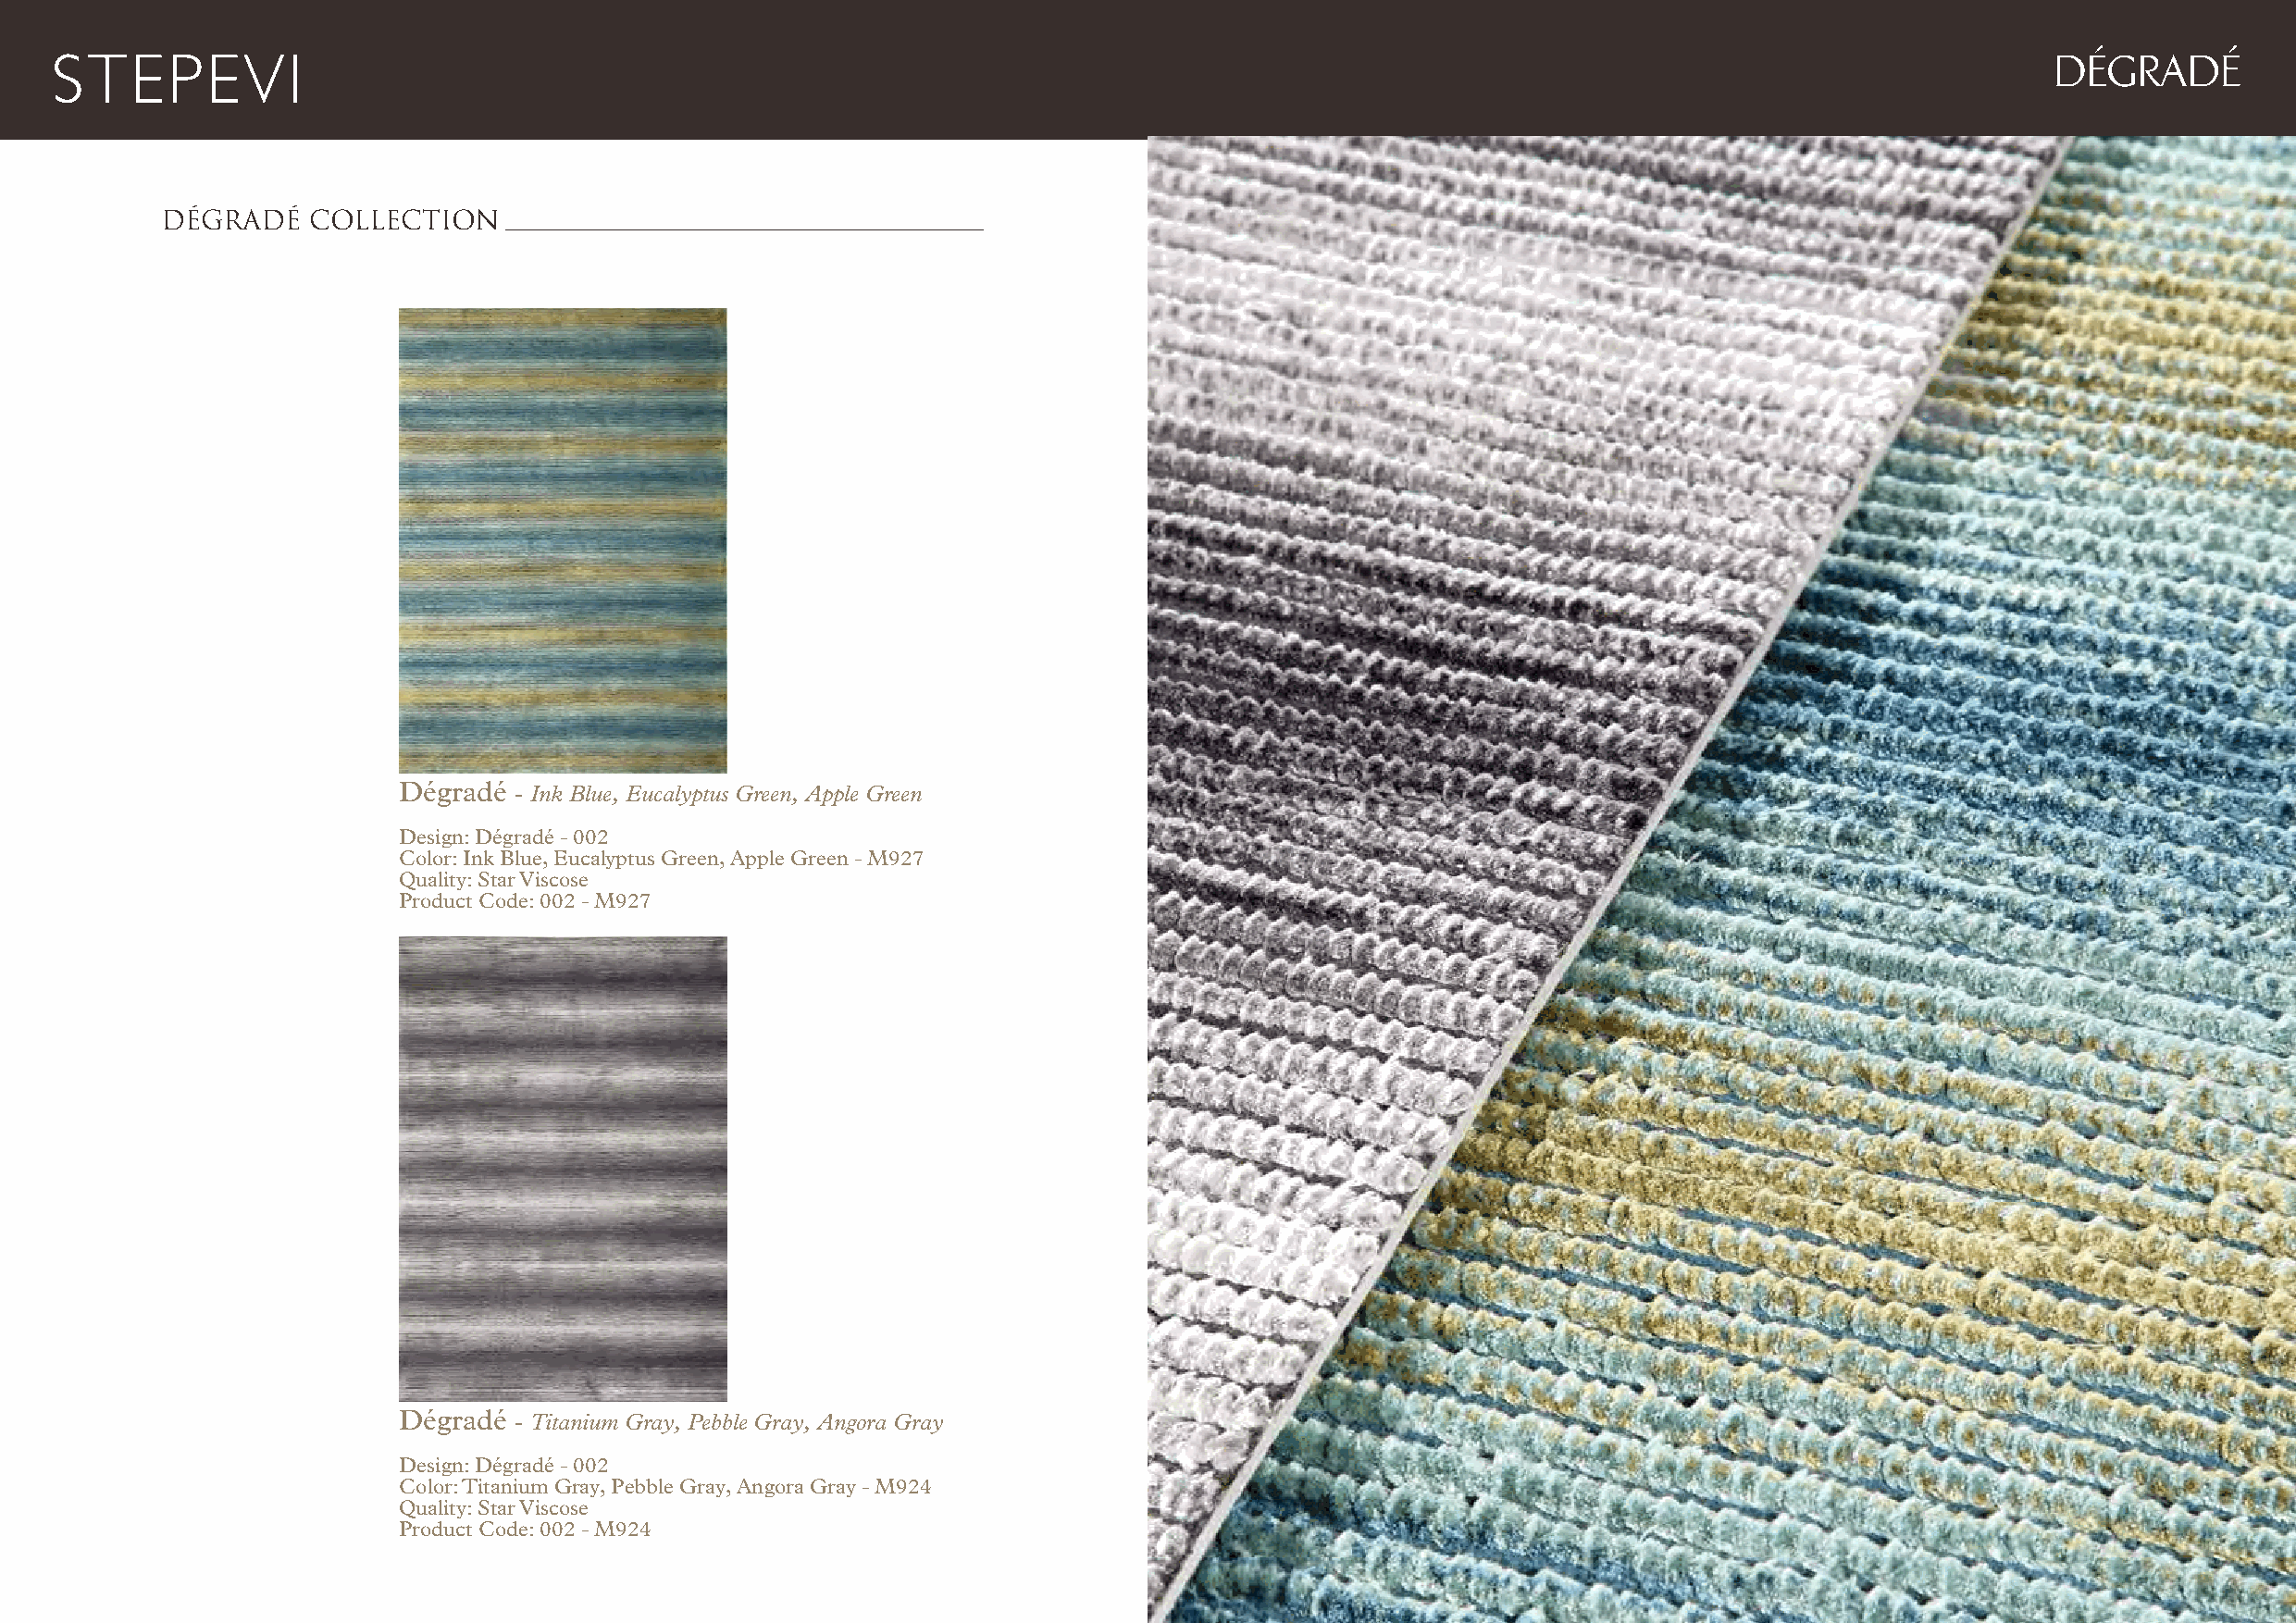
DÉGRADÉ
 DÉGRADÉ   COLLECTION
 Dégradé - Ink Blue, Eucalyptus Green, Apple Green
 Design: Dégradé - 002
 Color: Ink Blue, Eucalyptus Green, Apple Green - M927
 Quality: Star Viscose
 Product Code: 002 - M927
 Dégradé - Titanium Gray, Pebble Gray, Angora Gray
 Design: Dégradé - 002
 Color: Titanium Gray, Pebble Gray, Angora Gray - M924
 Quality: Star Viscose
 Product Code: 002 - M924